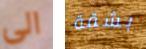
الى بشقة